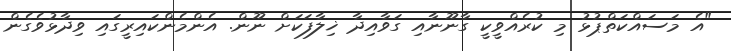
"އެ މަސައްކަތްޕުޅު މި ކުރެއްވީކީ ގާނޫނާއި ގަވާއިދާ ޚިލާފަކަށް ނޫން. އެންމެންކައިރީގައި ވިދާޅުވެގެން